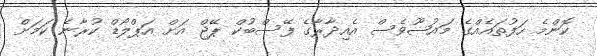
ކޮންމެ ހަފުތައެއްގެ މައުޟޫވެސް އެއިދާރާގެ ފޭސްބުކް ޕޭޖް އަށް އަޕްލޯޑް ކުރާނެ ކަމަށް